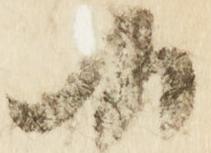
候